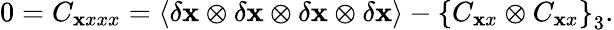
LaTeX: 0=C_{\mathbf xxxx}=\langle\delta{\mathbf x}\otimes\delta{\mathbf x}\otimes\delta{\mathbf x}\otimes\delta{\mathbf x}\rangle-\left\lbrace C_{\mathbf xx}\otimes C_{\mathbf xx}\right\rbrace_{3}.